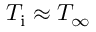
T _ { \mathrm { i } } \approx T _ { \infty }